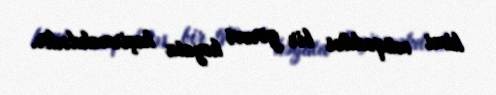
kimi müqəddəs bir görəvi həyata keçirməkdədir.